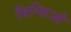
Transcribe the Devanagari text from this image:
मिन्सिओ